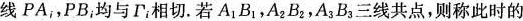
线PA_{I}，PB_{i}均与Γ_{I}相切。若A_{1}B_{1}，A_{2}B_{2}，A_{3}B_{3}三线共点，则称此时的